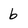
Character: b